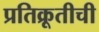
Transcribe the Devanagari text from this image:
प्रतिक्रूतीची